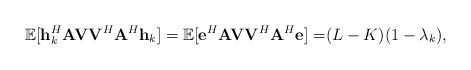
LaTeX: \begin{align*}\mathbb{E}[{\bf h}^H_k {\bf A} {\bf V} {\bf V}^H {\bf A}^H {\bf h}_k]={{\mathbb{E}[{\bf e}^H {\bf A} {\bf V} {\bf V}^H {\bf A}^H {\bf e}]=}}(L-K)(1-\lambda_k),\end{align*}